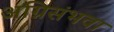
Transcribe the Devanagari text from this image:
अग्निसंभवा